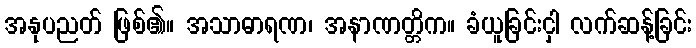
အနုပညတ် ဖြစ်၏။ အသာဓာရဏ၊ အနာဏတ္တိက။ ခံယူခြင်းငှါ လက်ဆန့်ခြင်း